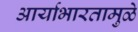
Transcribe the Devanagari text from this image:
आर्याभारतामुळे